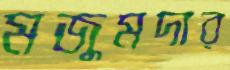
মজুমদার